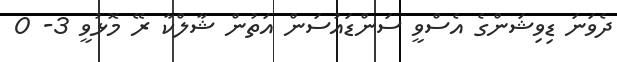
ދެވަނަ ޑިވިޝަންގެ އެސްވީ ސަންޑައުސަން އަތުން ޝާލްކާ ރޭ މޮޅުވީ 3- 0